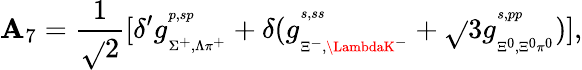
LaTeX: \mathbf{A}_{7}=\frac{{1}}{{\sqrt{}{{2}}}}[\delta^{\prime}g_{{}_{\Sigma^{+},\Lambda\pi^{+}}}^{{}^{p,sp}}+\delta(g_{{}_{\Xi^{-},\LambdaK^{-}}}^{{}^{s,ss}}+\sqrt{}{3}g_{{}_{\Xi^{0},\Xi^{0}\pi^{0}}}^{{}^{s,pp}})],